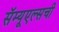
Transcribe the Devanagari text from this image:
सॅम्यूएल्सची